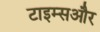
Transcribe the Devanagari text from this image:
टाइम्सऔर